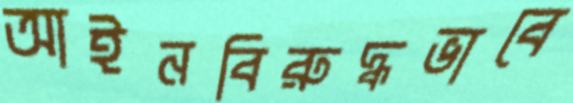
আইনবিরুদ্ধভাবে